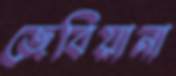
জেবিয়ানা